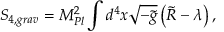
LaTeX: S _ { 4 , g r a v } = M _ { P l } ^ { 2 } \int d ^ { 4 } x \sqrt { - \tilde { g } } \left( \tilde { R } - \lambda \right) ,